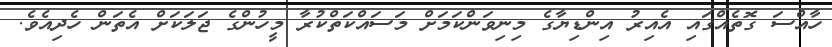
ހާއްސަ ގޮތެއްގައި އެއިރު އިންޑިޔާގެ މިނިވަންކަމަށް މަސައްކަތްކުރާ މީހުންގެ ޖަލަކަށް އެތަން ހެދިއެވެ.